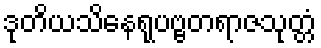
ဒုတိယသိနေရုပဗ္ဗတရာဇသုတ္တံ